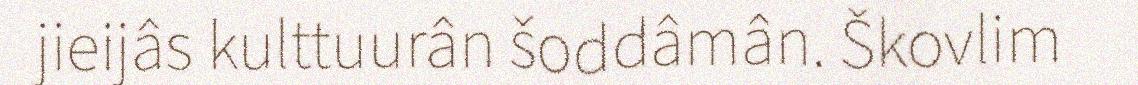
jieijâs kulttuurân šoddâmân. Škovlim